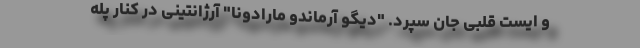
و ایست قلبی جان سپرد. "دیگو آرماندو مارادونا" آرژانتینی در کنار پله